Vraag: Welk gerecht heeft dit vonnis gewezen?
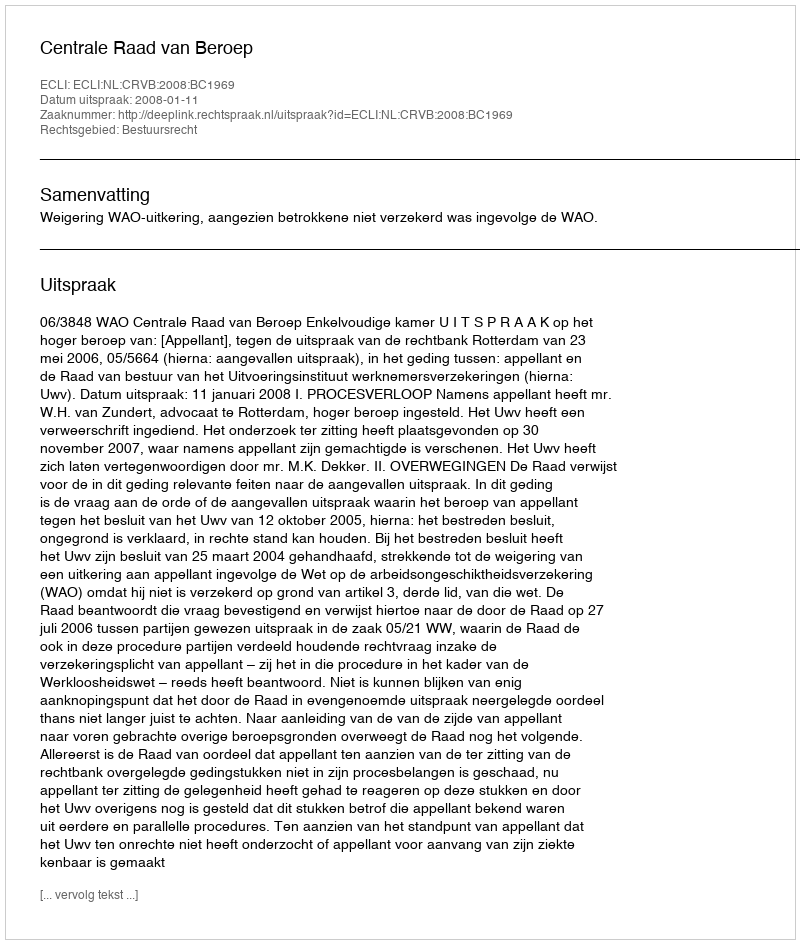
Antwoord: Centrale Raad van Beroep